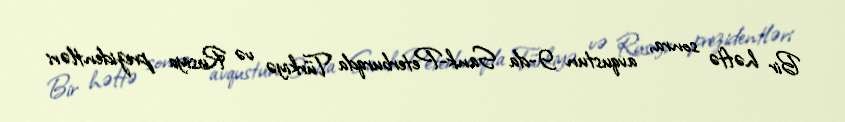
Bir həftə sonra, avqustun 9-da Sank-Peterburqda Türkiyə və Rusiya prezidentləri